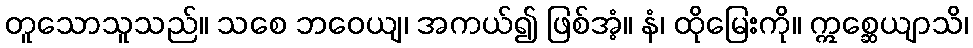
တူသောသူသည်။ သစေ ဘဝေယျ၊ အကယ်၍ ဖြစ်အံ့။ နံ၊ ထိုမြေးကို။ ဣစ္ဆေယျာသိ၊